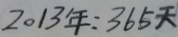
2 0 1 3 年 : 3 6 5 天